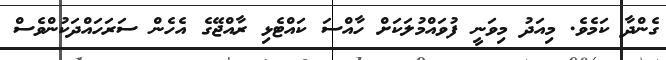
ގެންދާ ކަމެވެ. މިއަދު މިވަނީ ފުވައްމުލަކަށް ހާއްސަ ކައްޓެޅި ރާއްޖޭގެ އެހެން ސަރަހައްދަކުންވެސް